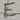
Text: E